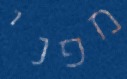
מפני